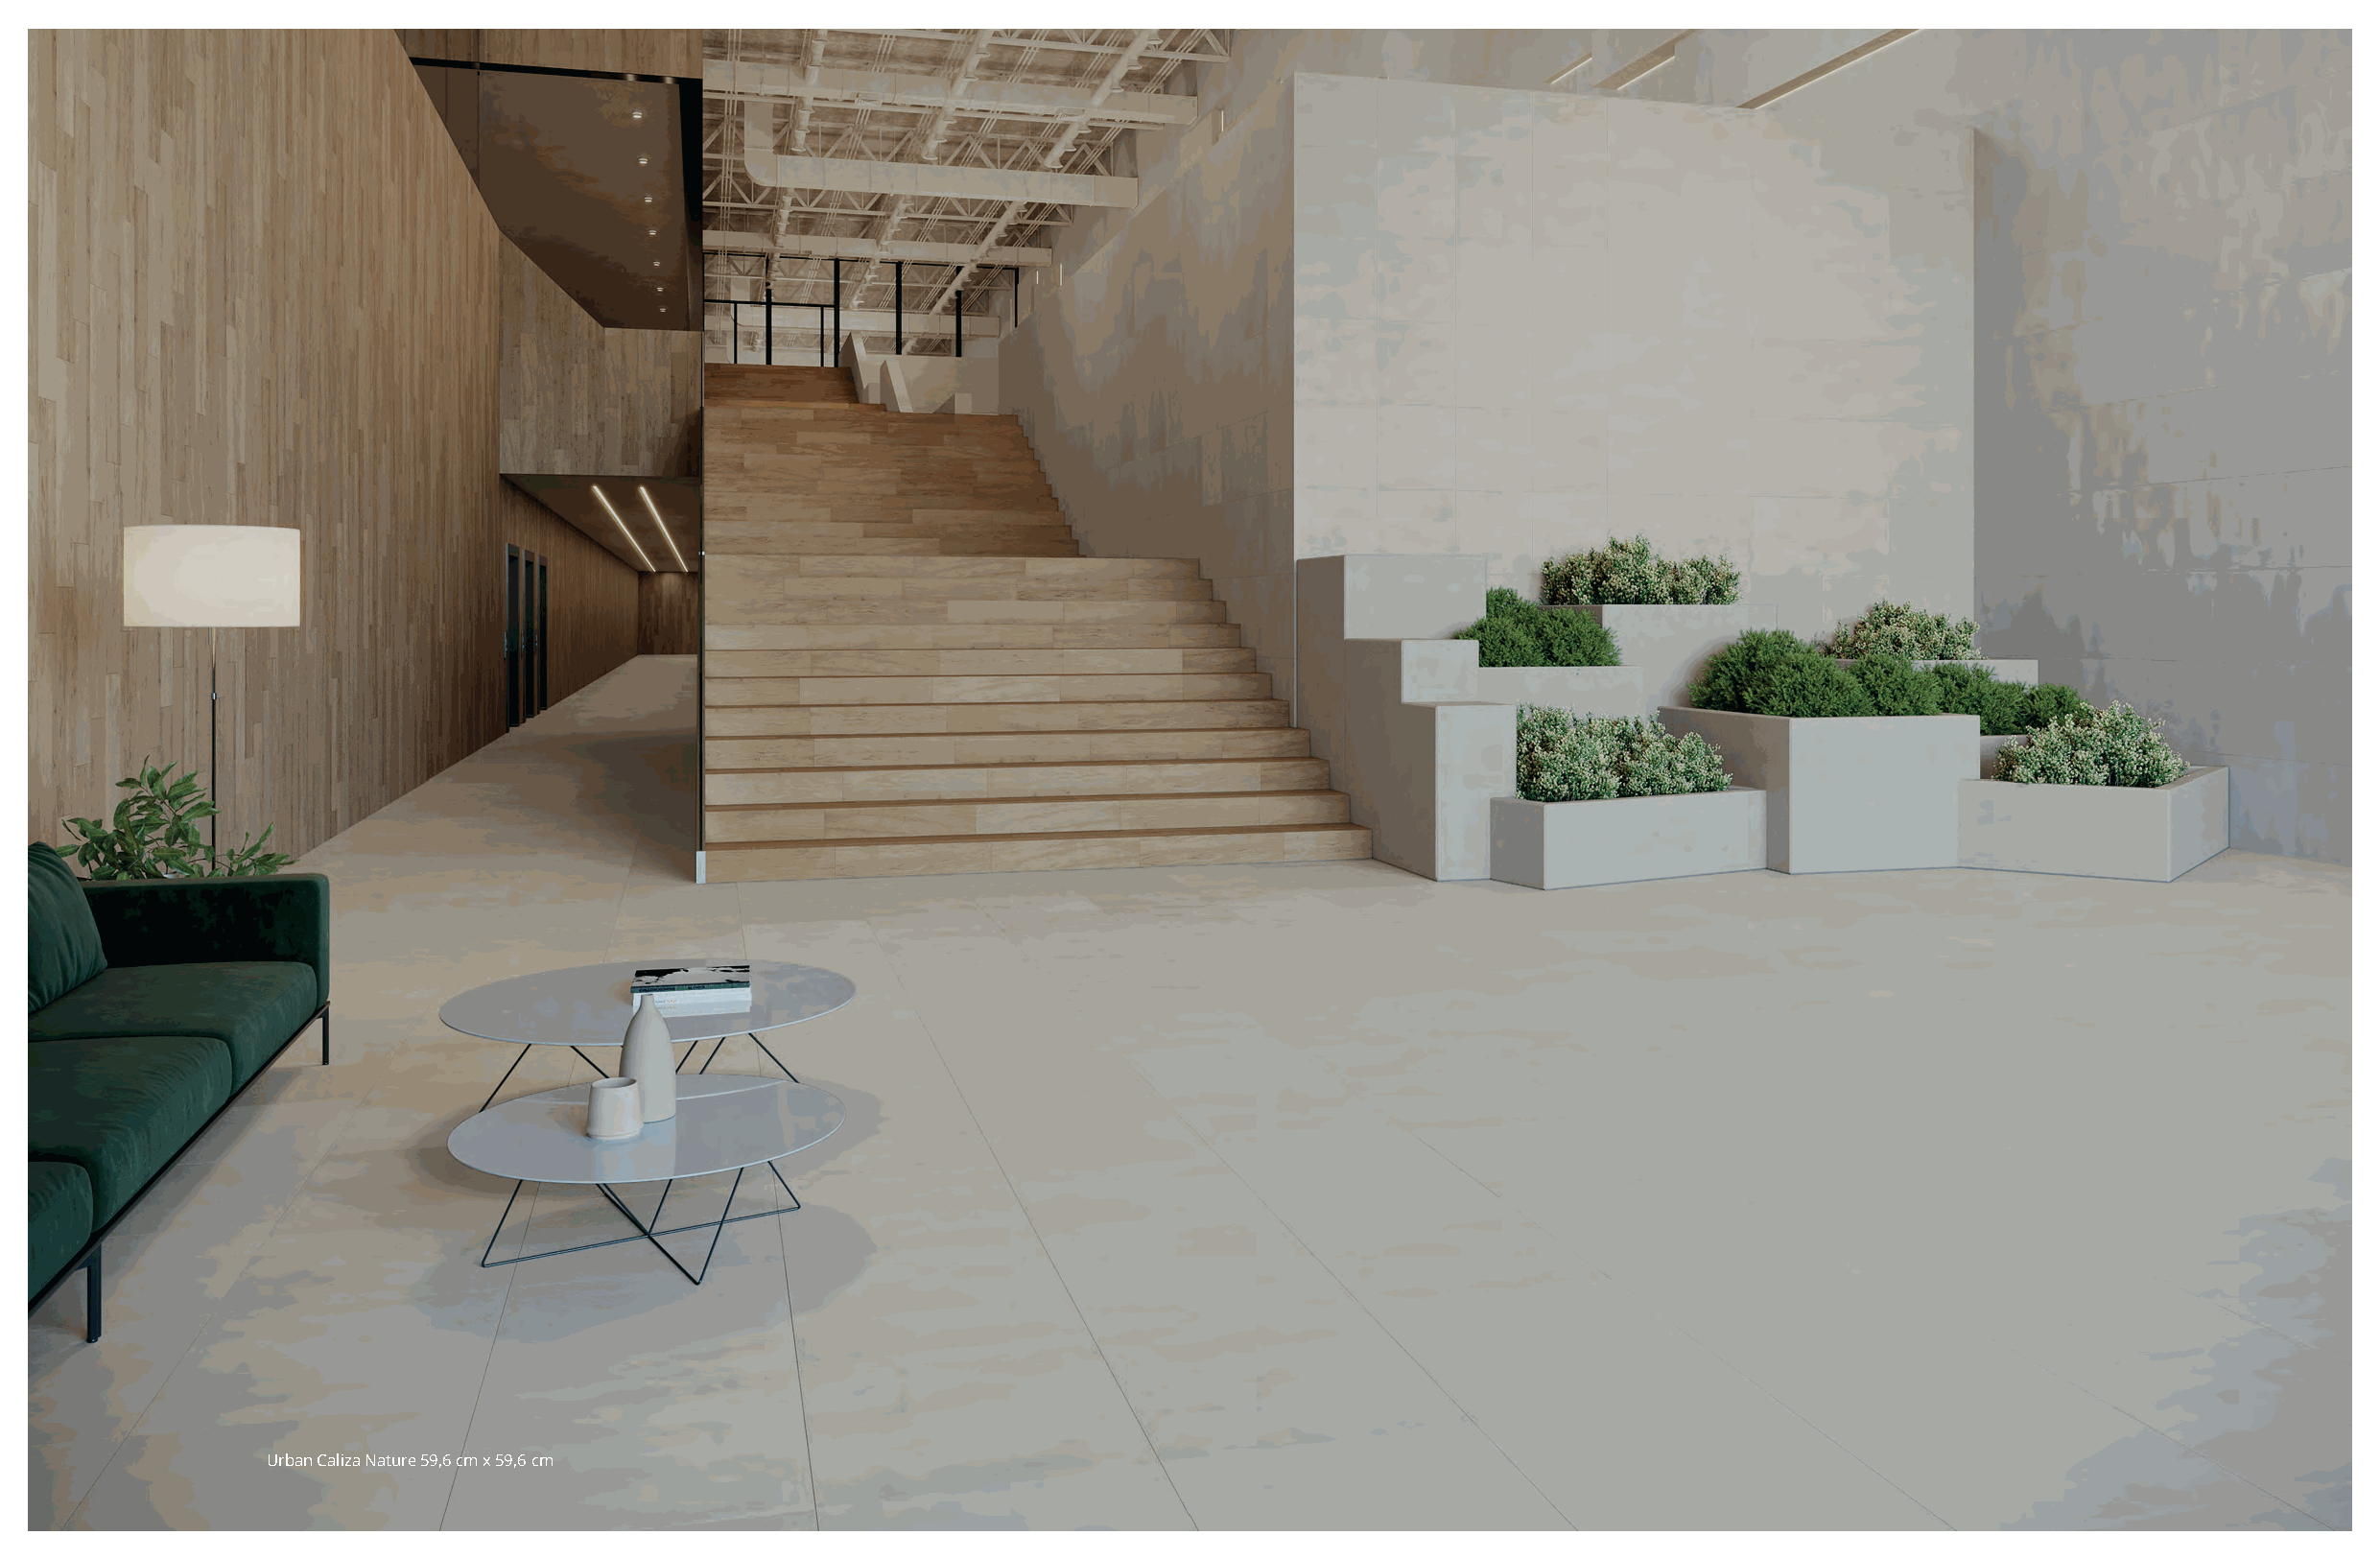
8                                                                                                                                                              9
 Urban Caliza Nature 59,6 cm x 59,6 cm